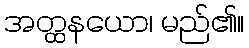
အတ္ထနယော၊ မည်၏။